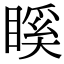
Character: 𥉐